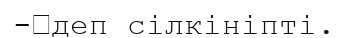
-	деп сілкініпті.